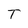
Character: T